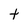
Character: t